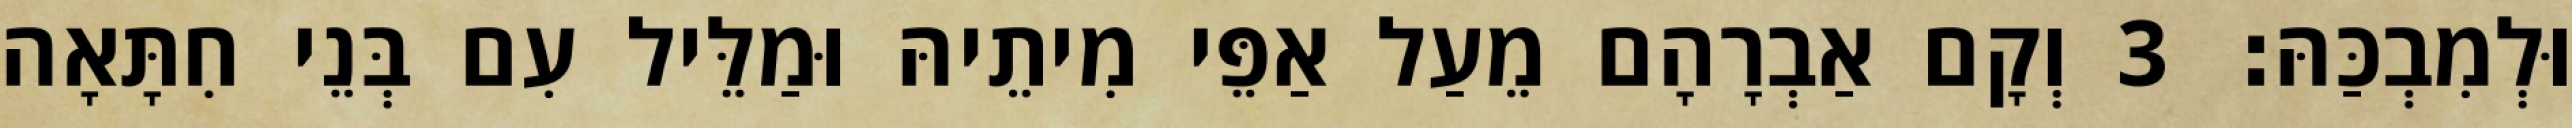
וּלְמִבְכַּהּ׃ 3 וְקָם אַבְרָהָם מֵעַל אַפֵּי מִיתֵיהּ וּמַלֵּיל עִם בְּנֵי חִתָּאָה